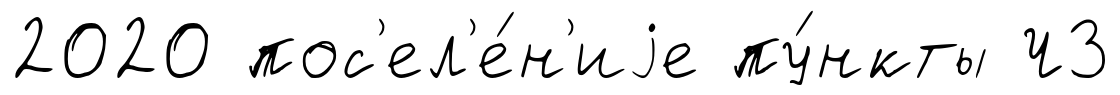
2020 пос'ел'е́н'иjе пу́нкты Ч3